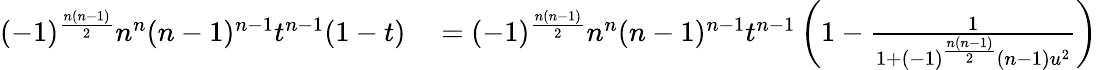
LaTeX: \begin{array}{rl}{(-1)^{\frac{n(n-1)}{2}}n^{n}(n-1)^{n-1}t^{n-1}(1-t)}&{{}=(-1)^{\frac{n(n-1)}{2}}n^{n}(n-1)^{n-1}t^{n-1}\left(1-{\frac{1}{1+(-1)^{\frac{n(n-1)}{2}}(n-1)u^{2}}}\right)}\end{array}